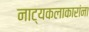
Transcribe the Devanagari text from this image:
नाट्यकलाकारांना